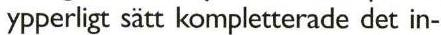
ypperligt sätt kompletterade det in-